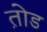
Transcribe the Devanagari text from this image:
त़ोड